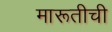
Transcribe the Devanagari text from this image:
मारूतीची